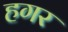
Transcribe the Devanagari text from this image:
हगर